Annual report of the Punjab Veterinary College and of the Civil Veterinary Department, Punjab - 1926-1932
Year: 1926
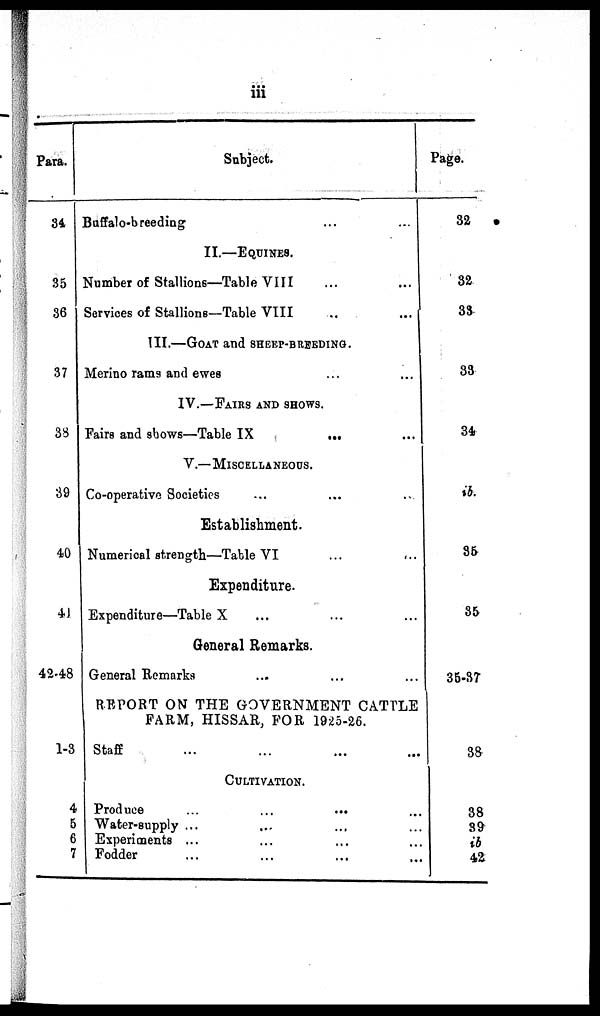
iii
Para.
34
35
36
37
38
39
40
41
42-48
1-3
4
5
6
7
Subject.
Buffalo-breeding ... ...
II.—EQUINES.
Number of Stallions—Table VIII ... ...
Services of Stallions—Table VIII ... ...
III.—GOAT AND SHEEP-BREEDING.
Merino rams and ewes ... ...
IV.—FAIRS AND SHOWS.
Fairs and shows—Table IX
... ...
V.—MISCELLANEOUS.
Co-operative Societies ... ... ...
Establishment.
Numerical strength—Table VI ... ...
Expenditure.
Expenditure—Table X ... ... ...
General Remarks.
General Remarks ... ... ...
REPORT ON THE GOVERNMENT CATTLE
FARM, HISSAR, FOR 1925-26.
Staff ... ... ... ...
CULTIVATION.
Produce
...
...
...
...
Water-supply ... ... ... ...
Experiments ... ... ... ...
Fodder
...
...
...
...
Page.
32
32
33
33
34
ib
35
35
35-37
38
38
39
ib
42